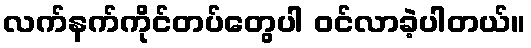
လက်နက်ကိုင်တပ်တွေပါ ဝင်လာခဲ့ပါတယ်။